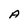
Character: A